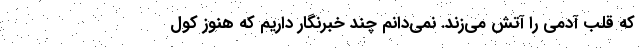
که قلب آدمی را آتش می‌زند. نمی‌دانم چند خبرنگار داریم که هنوز کول